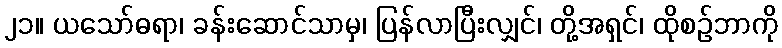
၂၁။ ယသော်ဓရာ၊ ခန်းဆောင်သာမှ၊ ပြန်လာပြီးလျှင်၊ တို့အရှင်၊ ထိုစဉ်ဘာကို